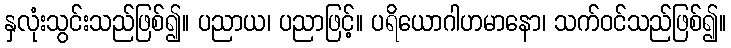
နှလုံးသွင်းသည်ဖြစ်၍။ ပညာယ၊ ပညာဖြင့်။ ပရိယောဂါဟမာနော၊ သက်ဝင်သည်ဖြစ်၍။